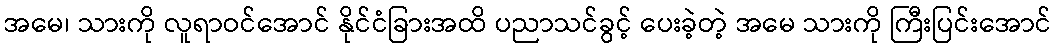
အမေ၊ သားကို လူရာဝင်အောင် နိုင်ငံခြားအထိ ပညာသင်ခွင့် ပေးခဲ့တဲ့ အမေ သားကို ကြီးပြင်းအောင်